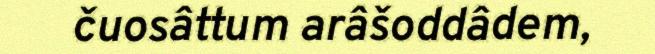
čuosâttum arâšoddâdem,